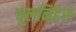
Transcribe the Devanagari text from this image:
चूलनिद्देस